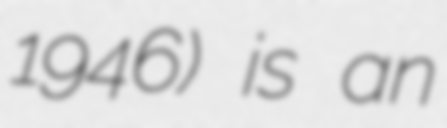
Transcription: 1946) is an